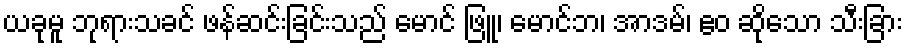
ယခုမူ ဘုရားသခင် ဖန်ဆင်းခြင်းသည် မောင် ဖြူ၊ မောင်ဘ၊ အာဒမ်၊ ဧဝ ဆိုသော သီးခြား